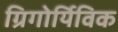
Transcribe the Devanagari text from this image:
ग्रिगोर्यिविक